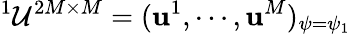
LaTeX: ^1{\cal U}^{2M\times M}=({\mathbf u}^{1},\cdots,{\mathbf u}^{M})_{\psi=\psi_{1}}